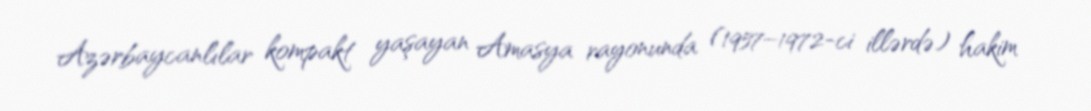
Azərbaycanlılar kompakt yaşayan Amasya rayonunda (1957–1972-ci illərdə) hakim